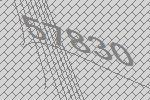
57830